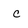
Character: c